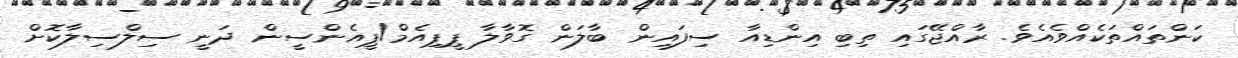
ކަންތައްތަކެއްވެއެވެ. ރާއްޖޭގައި ތިބި އިންޑިއާ ސިފައިން ބާލަން ގޮވާލާ ޕީޕިއެމް/ޕީއެންސީން ދަނީ ސިލްސިލާކޮށް